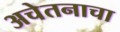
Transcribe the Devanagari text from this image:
अचेतनाचा